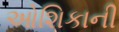
ઓશિકાની